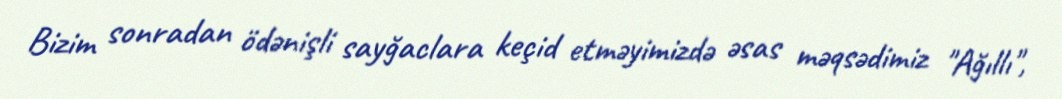
Bizim sonradan ödənişli sayğaclara keçid etməyimizdə əsas məqsədimiz "Ağıllı",